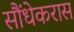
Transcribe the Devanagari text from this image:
सौंधेकरास